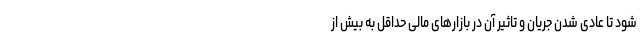
شود تا عادی شدن جریان و تاثیر آن در بازارهای مالی حداقل به بیش از